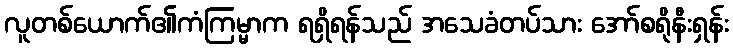
လူတစ်ယောက်၏ကံကြမ္မာက ရရှိရန်သည် အသေခံတပ်သား အော်စရိုနီးရှန်း